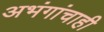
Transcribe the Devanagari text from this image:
अभंगांचाही